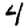
Digit: 4